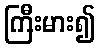
ကြီးမား၍